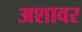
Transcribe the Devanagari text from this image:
अशावर